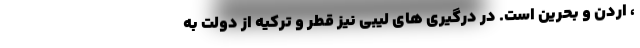
، اردن و بحرین است. در درگیری های لیبی نیز قطر و ترکیه از دولت به